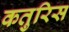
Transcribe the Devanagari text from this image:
कतुरिस